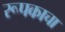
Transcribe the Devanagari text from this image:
रूपकाचा